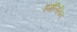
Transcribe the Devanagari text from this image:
इगेलिनिन